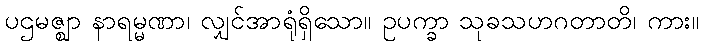
ပဌမဇ္ဈာ နာရမ္မဏာ၊ လျှင်အာရုံရှိသော။ ဥပက္ခာ သုခသဟဂတာတိ၊ ကား။